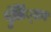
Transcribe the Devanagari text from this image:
पुंलिं्लग